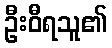
ဦးဝီရသူ၏